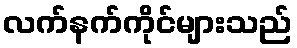
လက်နက်ကိုင်များသည်